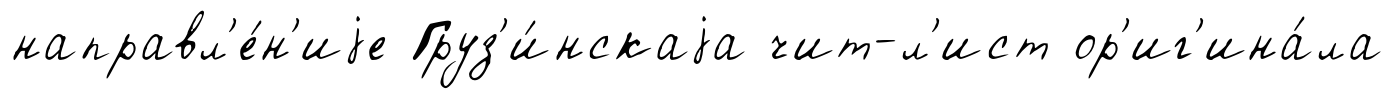
направл'е́н'иjе Груз'и́нскаjа чит-л'ист ор'иг'ина́ла